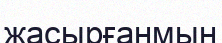
жасырғанмын